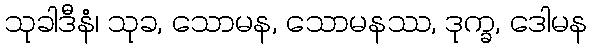
သုခါဒီနံ၊ သုခ, သောမန, သောမနဿ, ဒုက္ခ, ဒေါမန